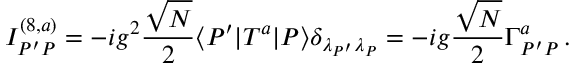
I _ { P ^ { \prime } P } ^ { ( 8 , a ) } = - i g ^ { 2 } \frac { \sqrt N } { 2 } \langle P ^ { \prime } | T ^ { a } | P \rangle \delta _ { { \lambda _ { P ^ { \prime } } } { \lambda _ { P } } } = - i g \frac { \sqrt N } { 2 } \Gamma _ { P ^ { \prime } P } ^ { a } \, .